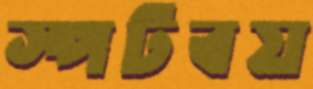
স্পটবয়